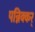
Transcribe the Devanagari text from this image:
पन्निक्कर्